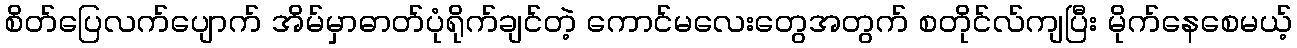
စိတ်ပြေလက်ပျောက် အိမ်မှာဓာတ်ပုံရိုက်ချင်တဲ့ ကောင်မလေးတွေအတွက် စတိုင်လ်ကျပြီး မိုက်နေစေမယ့်